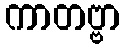
ကာတဗ္ဗာ